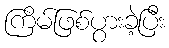
ကြိမ်ဖြစ်ပွားခဲ့ပြီး